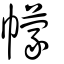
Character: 幪